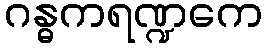
ဂန္ဓကရဏ္ဍကေ